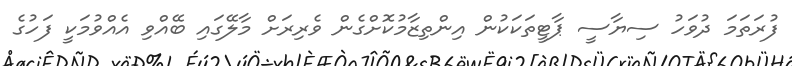
ފުރަތަމަ ދުވަހު ސިޔާސީ ޕާޓީތަކަކުން އިންތިޒާމުކޮށްގެން ވެރިރަށް މާލޭގައި ބޭއްވި އެއްވުމަކީ ފަހުގެ